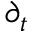
\partial _ { t }